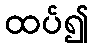
ထပ်၍